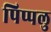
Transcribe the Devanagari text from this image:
पिप्पलु